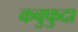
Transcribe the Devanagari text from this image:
कबुफुदा